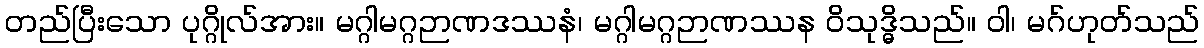
တည်ပြီးသော ပုဂ္ဂိုလ်အား။ မဂ္ဂါမဂ္ဂဉာဏဒဿနံ၊ မဂ္ဂါမဂ္ဂဉာဏဿန ဝိသုဒ္ဓိသည်။ ဝါ၊ မဂ်ဟုတ်သည်